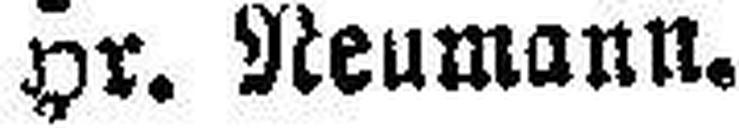
Hr. Neumann.